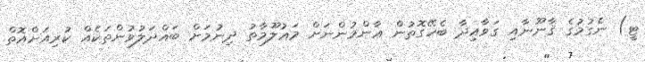
ޓީ) ނެގުމުގެ ޤާނޫނާއި ގަވާއިދާ ބެހޭގޮތުން ޢާންމުންނަށް މަޢުލޫމާތު ދިނުމަށް ބައްދަލުވުންތަކެއް ކުރިއަށްއޮތް